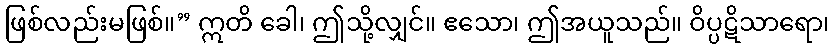
ဖြစ်လည်းမဖြစ်။” ဣတိ ခေါ၊ ဤသို့လျှင်။ ဧသော၊ ဤအယူသည်။ ဝိပ္ပဋိသာရော၊